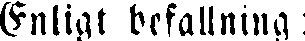
Enligt befallning: